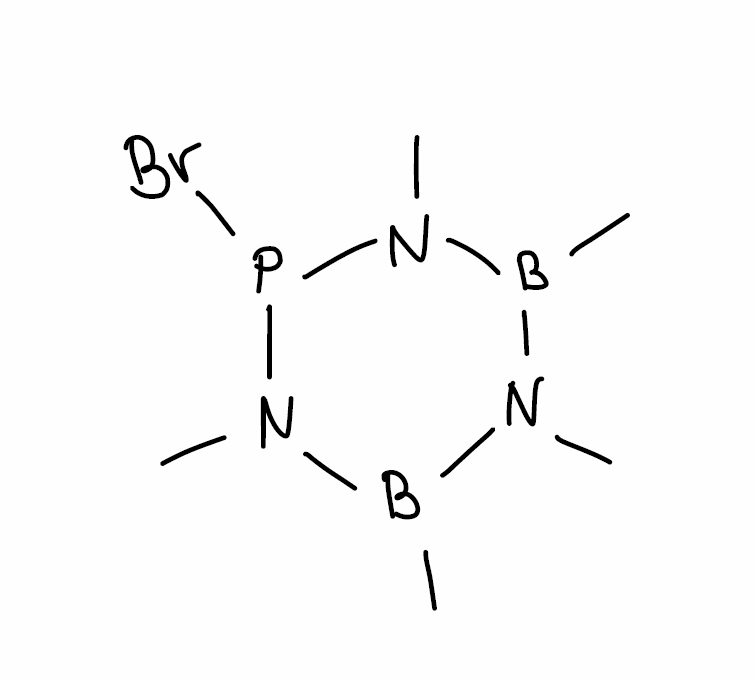
Simplified molecular-input line-entry system (SMILES) notation of the given molecule:
B1(N(B(N(P(N1C)Br)C)C)C)C